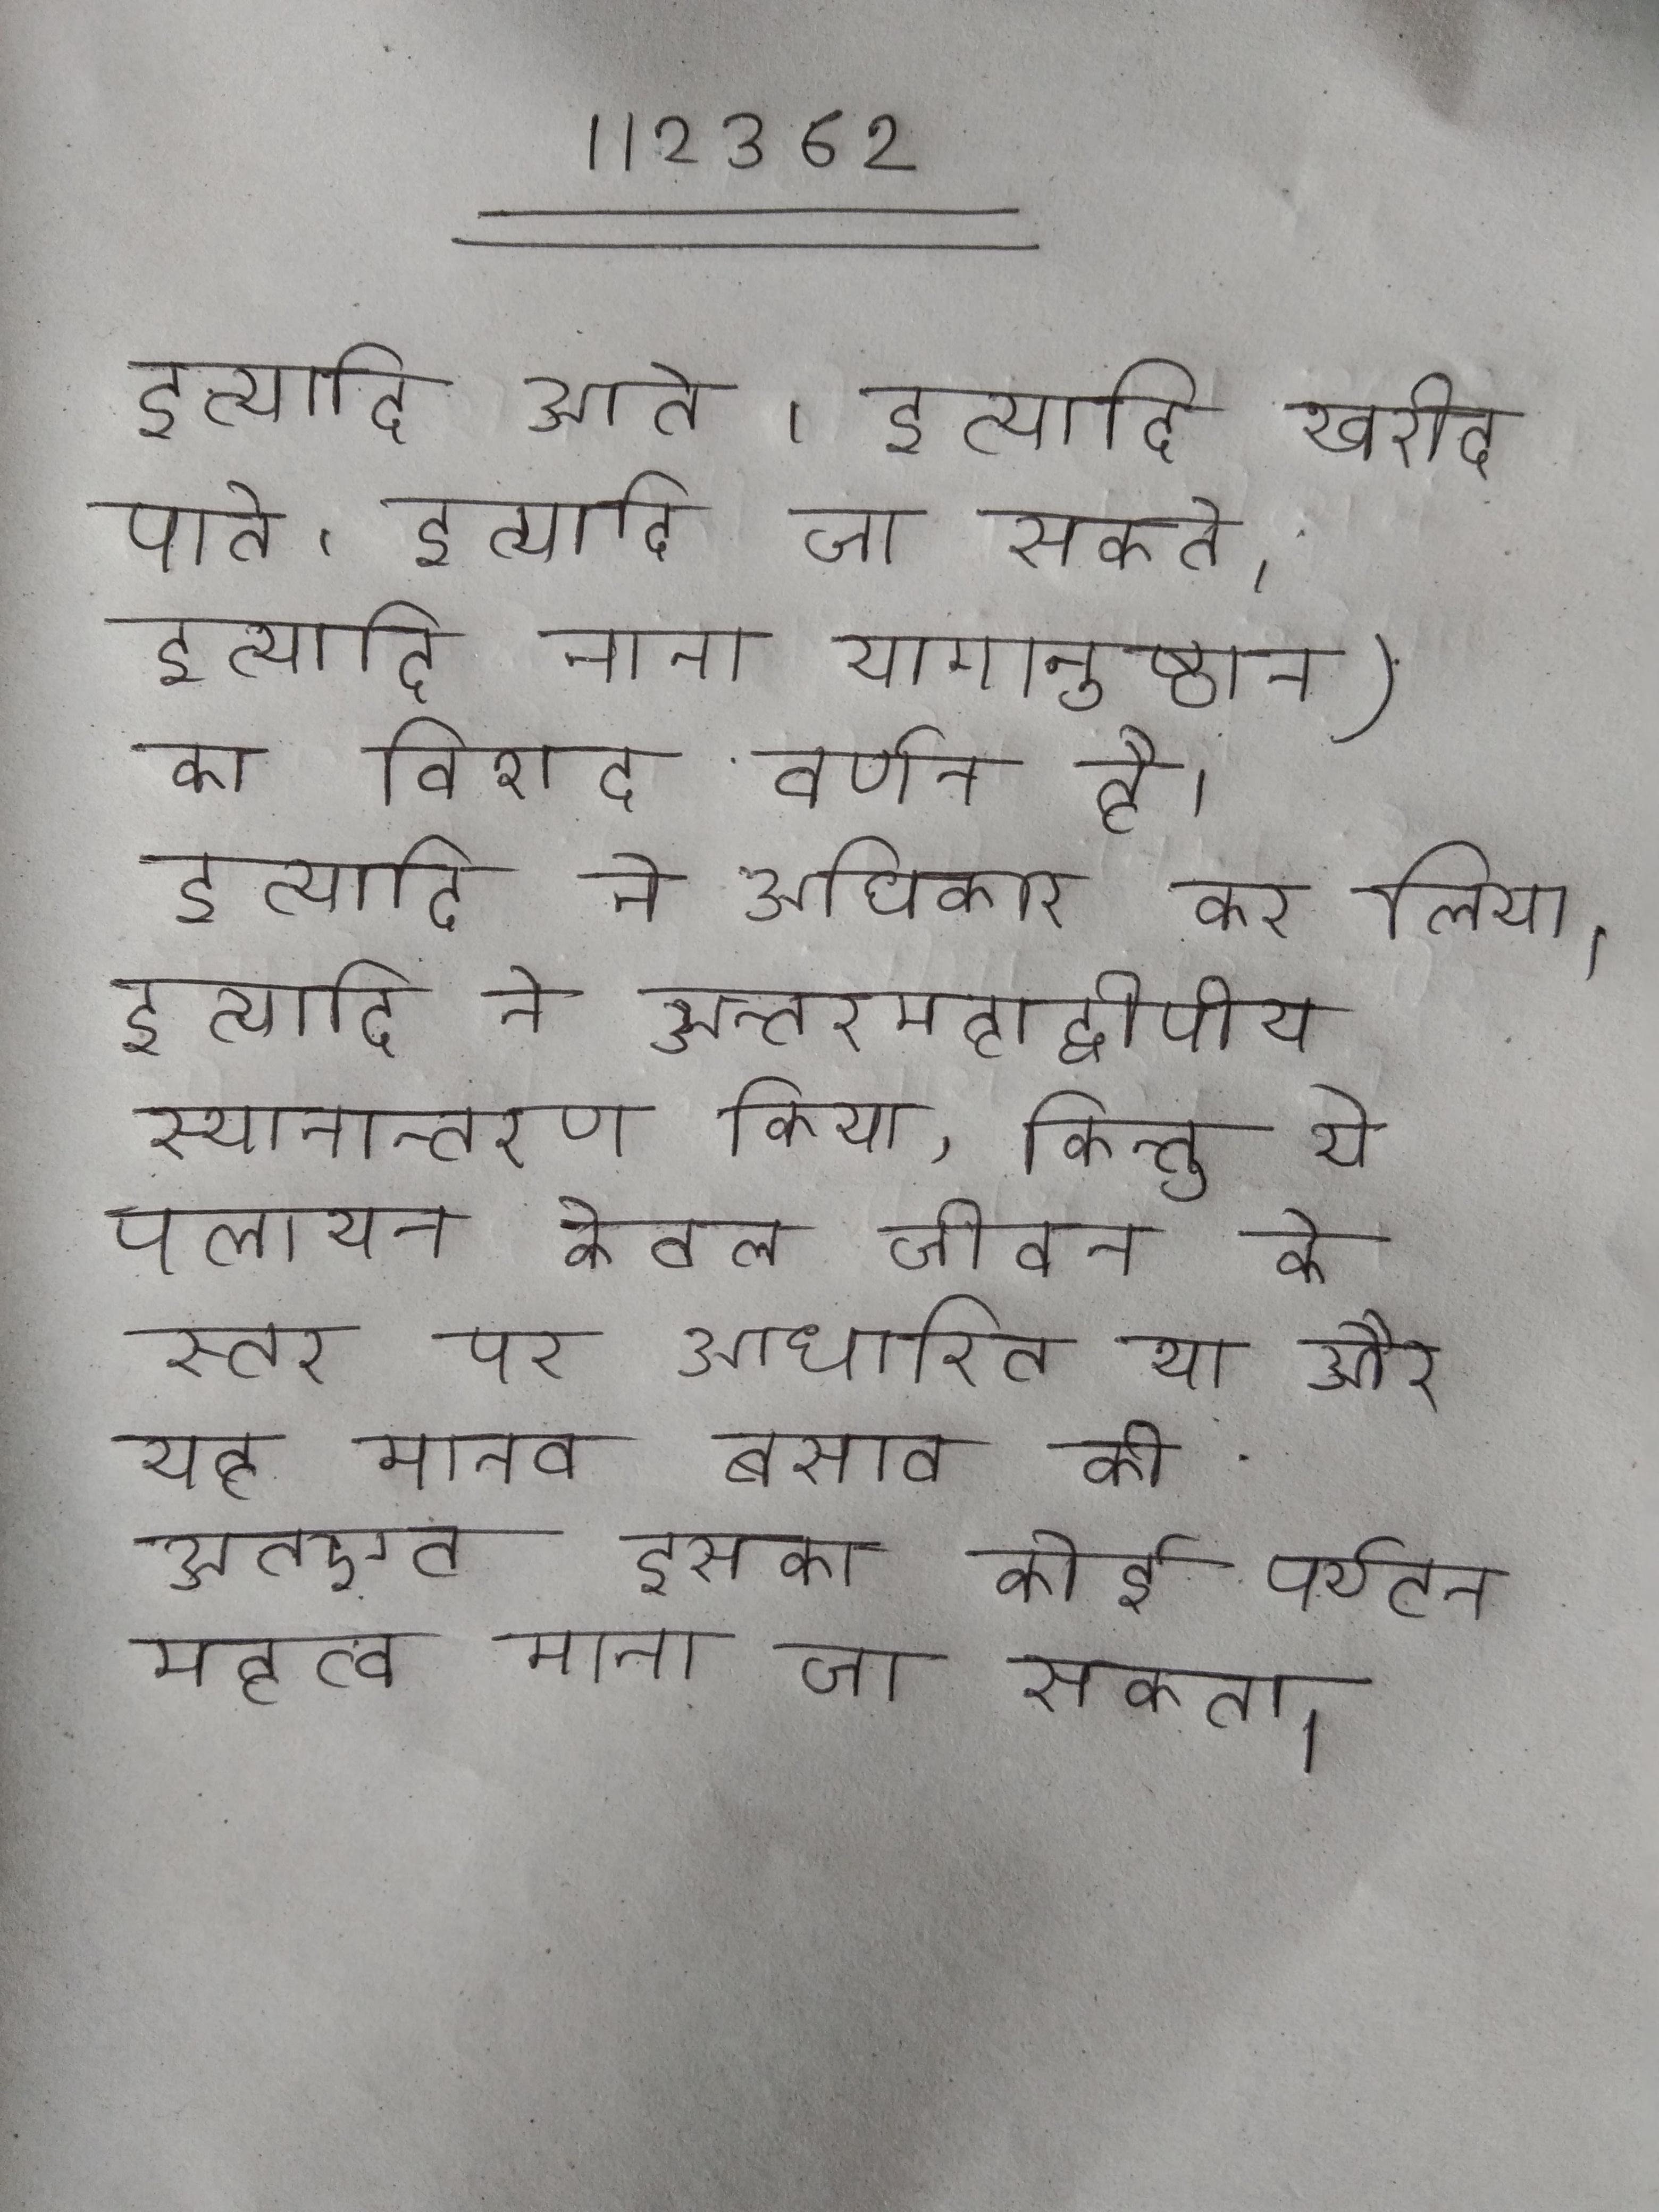
इत्यादि आते । इत्यादि खरीद पाते । इत्यादि जा सकते । इत्यादि नाना यागानुष्ठान) का विशद वर्णन है । इत्यादि ने अधिकार कर लिया । इत्यादि ने अन्तरमहाद्वीपीय स्थानान्तरण किया, किन्तु ये पलायन केवल जीवन के स्तर पर आधारित था और यह मानव बसाव की स्थायी प्रक्रिया थी अतएव इसका कोई पर्यटन महत्व माना जा सकता ।